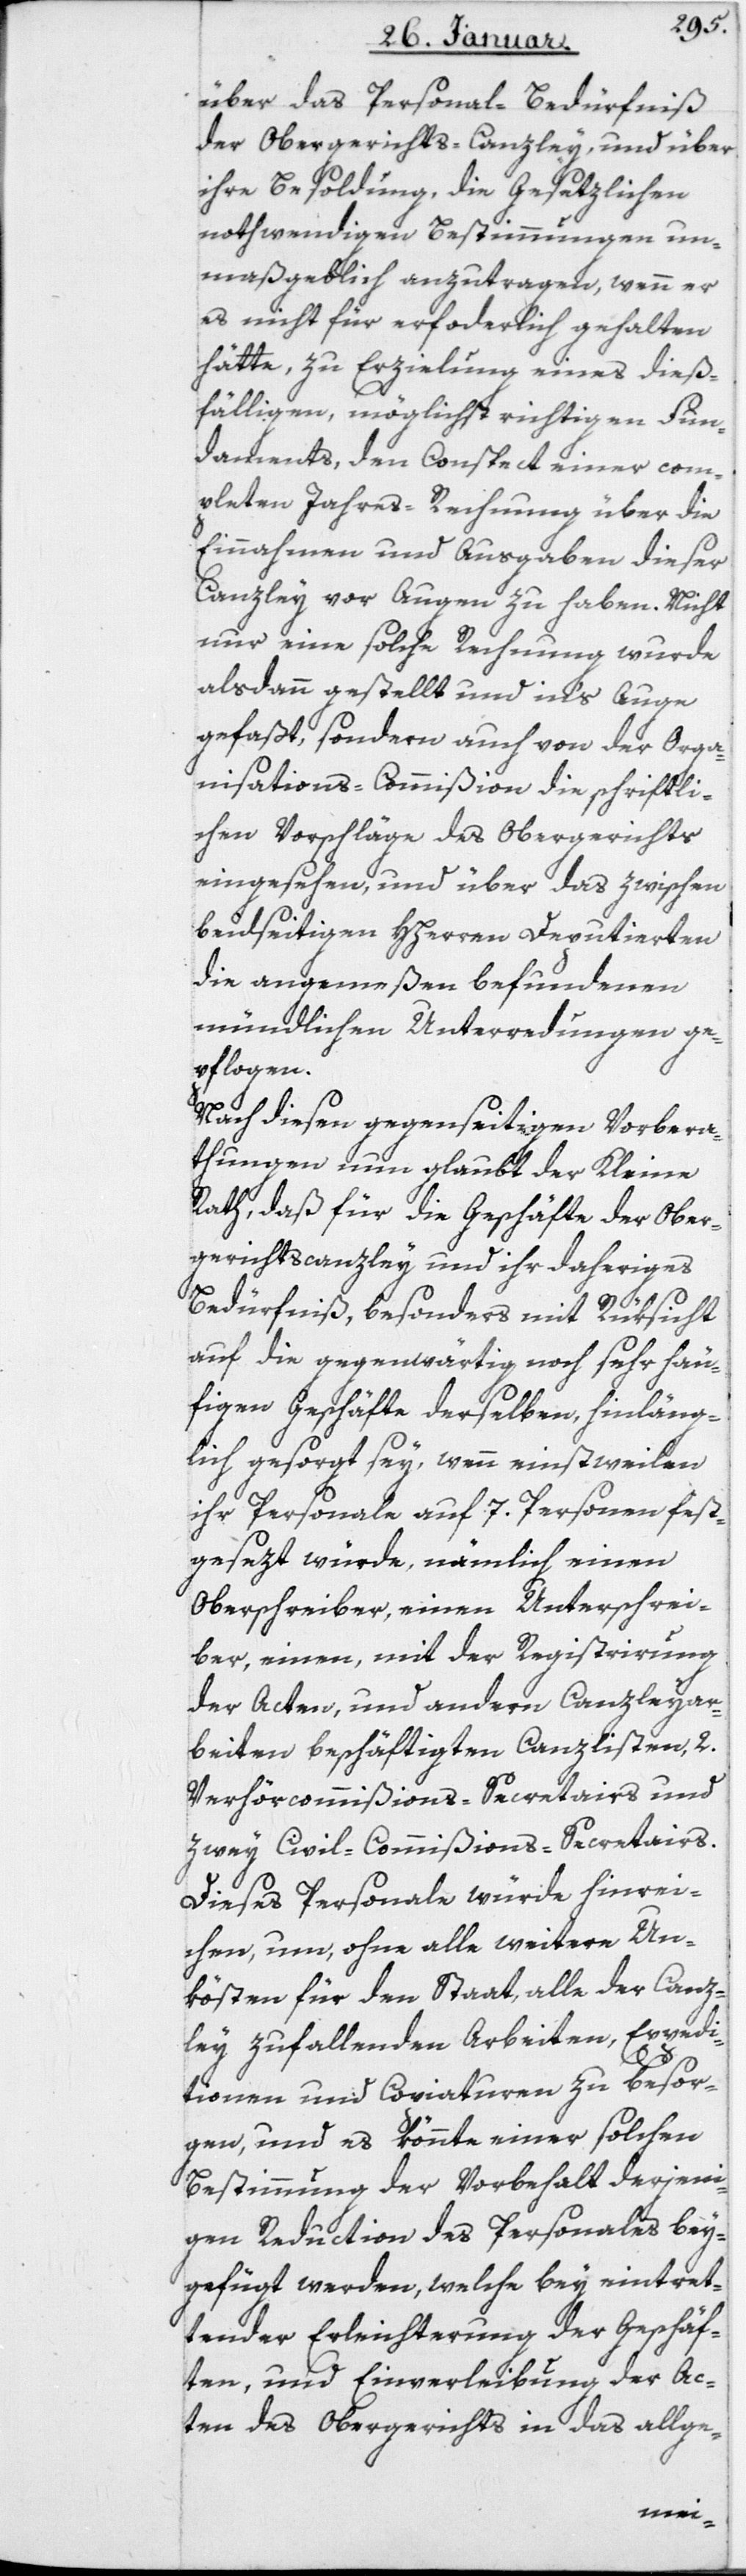
über das Personal-Bedürfniß
der Obergerichts-Canzley und über
ihre Besoldung, die gesetzlichen
nothwendigen Bestimmungen un¬
maßgeblich anzutragen, wenn er
es nicht für erforderlich gehalten
hätte, zu Erzielung eines dieß¬
fälligen möglichst richtigen Fun¬
daments, den Conspect einer com¬
pletten Jahres-Rechnung über die
Einnahmen und Ausgaben dieser
Canzley vor Augen zu haben. Nicht
nur eine solche Rechnung wurde
alsdann gestellt und ins Auge
gefaßt, sondern auch von der Orga¬
nisations-Commißion die schriftli¬
chen Vorschläge des Obergerichts
eingesehen, und über das zwischen
beidseitigen HHerren Deputierten
die angemeßen befundenen
mündlichen Unterredungen ge¬
pflogen.
Nach diesen gegenseitigen Vorbera¬
thungen nun glaubt der Kleine
Rath, daß für die Geschäfte der Ober¬
gerichtscanzley und ihr daheriges
Bedürfniß, besonders mit Rüksicht
auf die gegenwärtig noch sehr häu¬
figen Geschäfte derselben, hinläng¬
lich gesorgt sey, wenn einstweilen
ihr Personale auf 7 Personen fest¬
gesezt würde, nämlich einen
Oberschreiber, einen Unterschrei¬
ber, einen mit der Registrierung
der Acten und andern Canzleyar¬
beiten beschäftigen Canzlisten, zwey
Verhörcommißions-Secretairs und
zwey Civil-Commißions-Secretairs.
Dieses Personale würde hinrei¬
chen, um ohne alle weitere Un¬
kösten für den Staat, alle der Canz¬
ley zufallenden Arbeiten, Expedi¬
tionen und Copiaturen zu besor¬
gen, und es könnte einer solchen
Bestimmung der Vorbehalt derjeni¬
gen Reduction des Personales bey¬
gefügt werden, welche bey eintret¬
tender Erleichterung der Geschäf¬
ten, und Einverleibung der Ac¬
ten des Obergerichts in das allge-